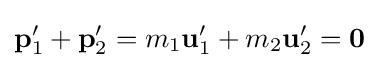
\mathbf {p} _{1}^{\prime }+\mathbf {p} _{2}^{\prime }=m_{1}\mathbf {u} _{1}^{\prime }+m_{2}\mathbf {u} _{2}^{\prime }={\boldsymbol {0}}